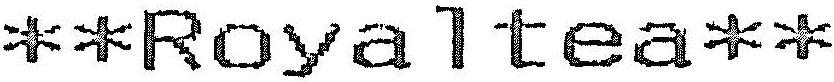
**ROYALTEA**